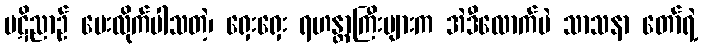
ပဋိညာဉ် ပေးလိုက်ပါသတဲ့၊ ရှေးရှေး ရဟန္တာကြီးများက အဲဒီလောက်ပဲ သာသနာ တော်ရဲ့